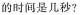
的时间是几秒?